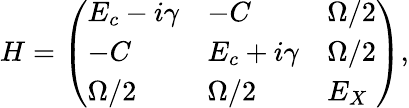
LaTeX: H=\left(\begin{array}{lll}{E_{c}-i\gamma}&{-C}&{\Omega/2}\\ {-C}&{E_{c}+i\gamma}&{\Omega/2}\\ {\Omega/2}&{\Omega/2}&{E_{X}}\end{array}\right),